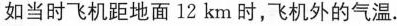
如当时飞机距地面 12 km 时，飞机外的气温.